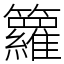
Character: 籮